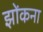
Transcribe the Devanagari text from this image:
झोंकना